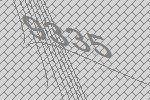
9335